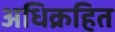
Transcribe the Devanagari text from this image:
अधिक्रहित